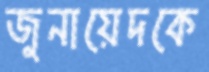
জুনায়েদকে